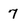
Character: 7